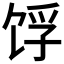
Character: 𬲺